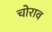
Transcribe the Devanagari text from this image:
चोराव